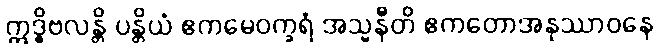
ဣဒ္ဓိဗလန္တိ ပန္တိယံ ဧကမေဝက္ခရံ အသ္မနီတိ ဧကတောအနုဿာဝနေ